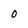
Character: o